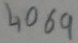
Text: 4069